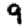
Digit: 9